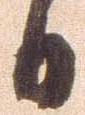
日